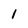
Character: 1